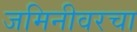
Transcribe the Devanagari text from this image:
जमिनीवरचा